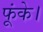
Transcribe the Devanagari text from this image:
फूंके।